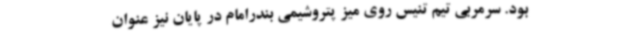
بود. سرمربی تیم تنیس روی میز پتروشیمی بندرامام در پایان نیز عنوان